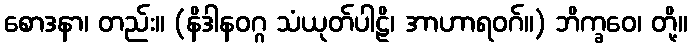
စောဒနာ၊ တည်း။ (နိဒါနဝဂ္ဂ သံယုတ်ပါဠိ၊ အာဟာရဝဂ်။) ဘိက္ခဝေ၊ တို့။